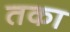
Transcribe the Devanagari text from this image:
तका